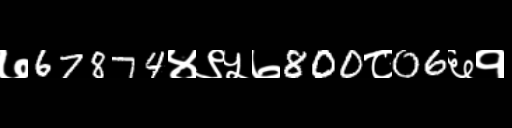
Text: ७67874४९५७800८06६१